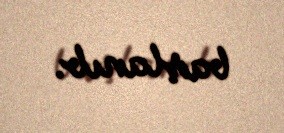
başlanıb.